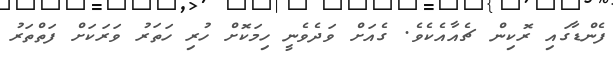
ފެންޑާގައި ރޮކިން ޗެއާއެކެވެ. ގެއަށް ވަދެވެނީ ހިމަކޮށް ހުރި ހަތަރު ވަރަކަށް ފަތްތަރު